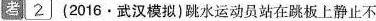
考2 (2016\cdot武汉模拟)跳水运动员站在跳板上静止不